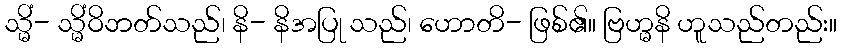
သ္မိံ- သ္မိံဝိဘတ်သည်၊ နိ- နိအပြု သည်၊ ဟောတိ- ဖြစ်၏။ ဗြဟ္မနိ ဟူသည်တည်း။